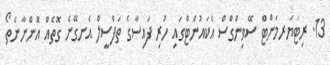
13. ރިޓަޔަރމަންޓް ސޭވިންގްސް އެކައުންޓްގައި ހުރި ފައިސާގެ ތަފްސީލް އެނގޭނެ ގޮތެއް އޮންނާނެތޯ